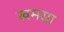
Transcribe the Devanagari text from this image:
खमसा